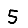
Digit: 5